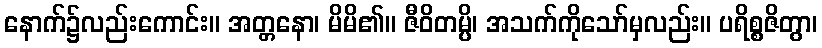
နောက်၌လည်းကောင်း။ အတ္တနော၊ မိမိ၏။ ဇီဝိတမ္ပိ၊ အသက်ကိုသော်မှလည်း။ ပရိစ္စဇိတွာ၊